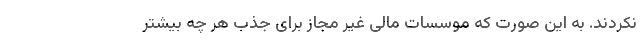
نکردند. به این صورت که موسسات مالی غیر مجاز برای جذب هر چه بیشتر